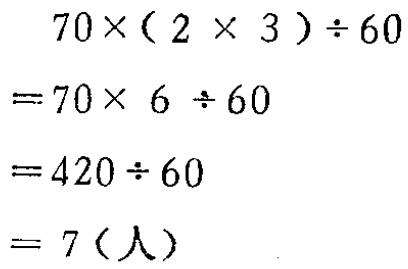
\[

\begin{align*}

&70\times(2\times3)\div60\\

=&70\times6\div60\\

=&420\div60\\

=&7(\text{人})

\end{align*}

\]